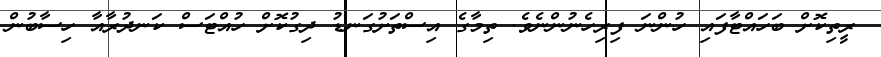
ރީތިކޮށް ބަހައްޓާފައި ހުންނަ ފިރިހެނުންނެވެ. ތިމާގެ އިސްތަށުގަނޑު ދިގުކޮށް ހުއްޓަސް ކަނދުރާއާ ހިސާބުން